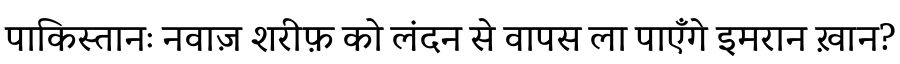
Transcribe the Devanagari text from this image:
पाकिस्तानः नवाज़ शरीफ़ को लंदन से वापस ला पाएँगे इमरान ख़ान?